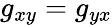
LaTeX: g_{xy}=g_{yx}